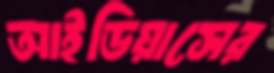
আইডিয়াসের